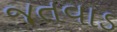
જતવાડ